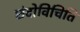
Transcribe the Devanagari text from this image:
छंदोविचिति